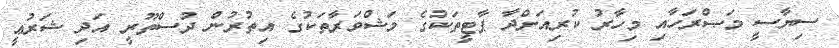
ސިޔާސީ މަޞްރަހާއި މިހާރު ކުރިއަށްދާ ޕާޓީތަކުގެ މަޝްވަރާތަކުގެ އިތުރުން ދުސްތޫރީ އަދި ޝަރުޢީ